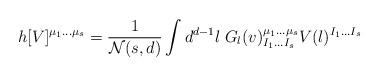
LaTeX: \begin{align*}h[V]^{\mu_1\ldots\mu_s}={1\over {\cal N}(s,d)}\int d^{d-1}l\; G_{l}(v)_{I_1\ldots I_s}^{\mu_1\ldots\mu_s}V(l)^{I_1\ldots I_s}\end{align*}